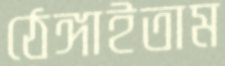
ঠেঙ্গাইতাম